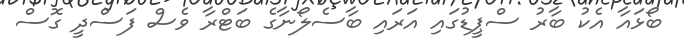
ބޯޅައާ އެކު ބާރު ސްޕީޑުގައި އަރައި ބާސެލޯނާގެ ބަޓްރާ ވެސް ފަސްދީ ގޮސް